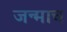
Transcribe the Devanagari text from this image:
जन्माच